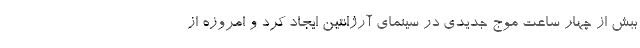
ببش از چهار ساعت موج جدیدی در سینمای آرژانتین ایجاد کرد و امروزه از